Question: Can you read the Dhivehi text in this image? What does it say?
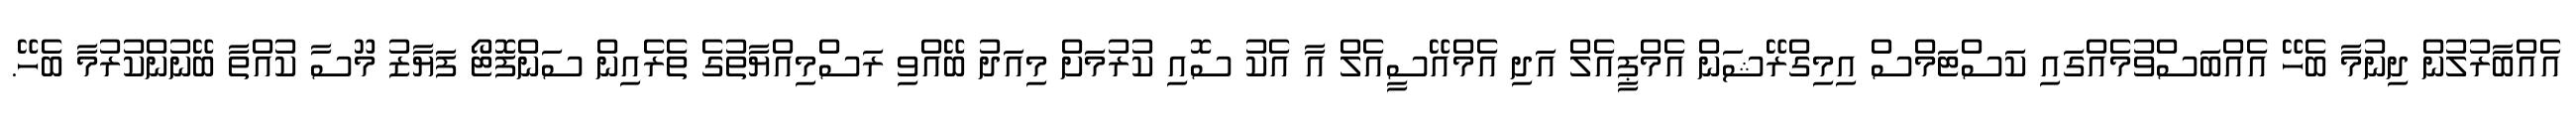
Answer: އެއްބާރުލުން ދިނުމާ ބެހޭ އެއްބަސްވުމެއްގައި ކަސްޓަމްސް އިމިގްރޭޝަން އެމްޕީއެލް އަދި އެމްއޭސީއެލް އާ އެކު ސޮއި ކުރުމަށް މިއަދު ބޭއްވި ރަސްމިއްޔާތުގެ ތެރެއިން ސަންފޮޓޯ ފަޔާޒު މޫސާ ކުއްތާ ބޭނުންކުރުމާ ބެހޭ.